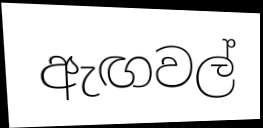
ඇඟවල්